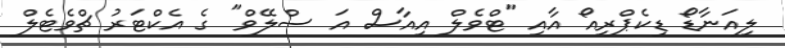
ލިއަނާޑޯ ޑިކެޕްރިއޯ އާއި "ޓްވެލް އިއާސް އަ ސްލޭވް" ގެ އެކްޓަރު ޗްވެޓެލް